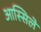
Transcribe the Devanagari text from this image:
आस्सिले